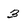
Character: 3